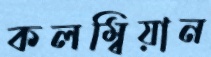
কলম্বিয়ান